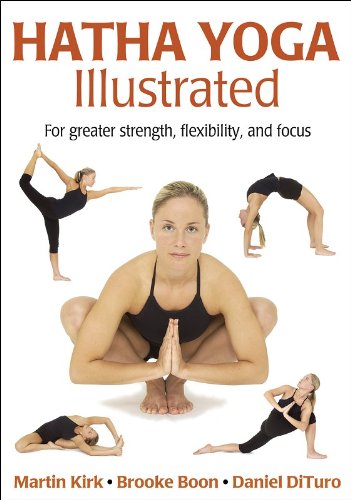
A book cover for Hatha Yoga Illustrated; Martin Kirk; Health, Fitness & Dieting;